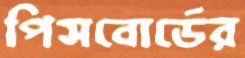
পিসবোর্ডের